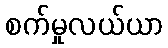
စက်မှုလယ်ယာ